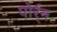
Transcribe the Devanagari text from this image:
पोर्र्न